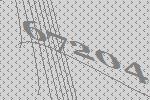
67204